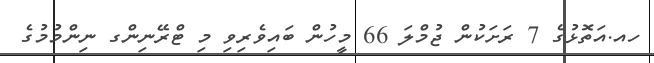
ހއ.އަތޮޅުގެ 7 ރަށަކުން ޖުމްލަ 66 މީހުން ބައިވެރިވި މި ޓްރޭނިންގ ނިންމުމުގެ